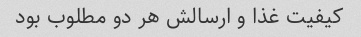
کیفیت غذا و ارسالش هر دو مطلوب بود